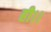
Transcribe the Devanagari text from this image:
ही।।